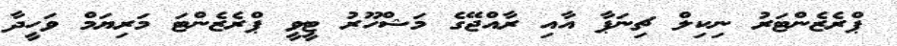
ޕްރެޒެންޓަރު ނިކިލް ޗިނަޕާ އާއި ރާއްޖޭގެ މަޝްހޫރު ޓީވީ ޕްރެޒެންޓަ މަރިޔަމް ވަހީދާ